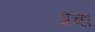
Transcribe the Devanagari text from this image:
अच्हा